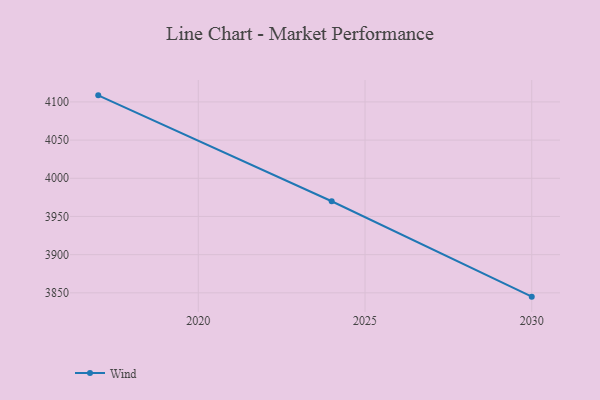
{"axis": {"x": "Year", "y": "Tickets Resolved"}, "legend": ["Wind"], "data": [{"x": "2017", "y": 4108.6, "type": "Wind"}, {"x": "2024", "y": 3969.9, "type": "Wind"}, {"x": "2030", "y": 3845.0, "type": "Wind"}]}